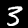
Label: 3